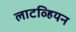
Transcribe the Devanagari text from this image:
लाटव्हियन